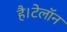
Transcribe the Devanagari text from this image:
है।टेलॉन